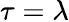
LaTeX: \tau=\lambda